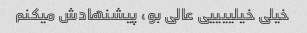
خیلی خیلییییی عالی بو، پیشنهادش میکنم